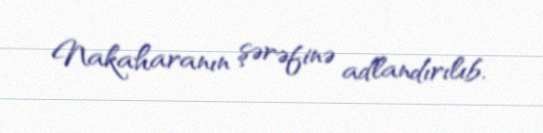
Nakaharanın şərəfinə adlandırılıb.